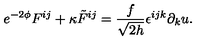
e ^ { - 2 \phi } F ^ { i j } + \kappa { \tilde { F } } ^ { i j } = \frac { f } { \sqrt { 2 h } } \epsilon ^ { i j k } \partial _ { k } u .